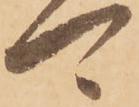
可